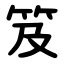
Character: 笈